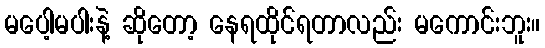
မပေါ့မပါးနဲ့ ဆိုတော့ နေရထိုင်ရတာလည်း မကောင်းဘူး။